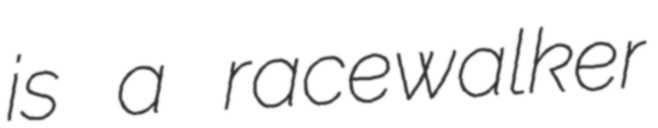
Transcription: is a racewalker